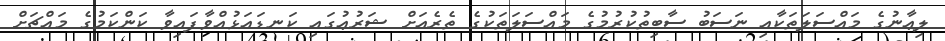
ލިޢާނުގެ މައްސަލަތަކާއި ނަސަބު ސާބިތުކުރުމުގެ މައްސަލަތަކުގެ ތެރެއަށް ޝަރުޢުގައި ކަނޑައަޅުއްވާފައިވާ ކަންކަމުގެ މައްޗަށް